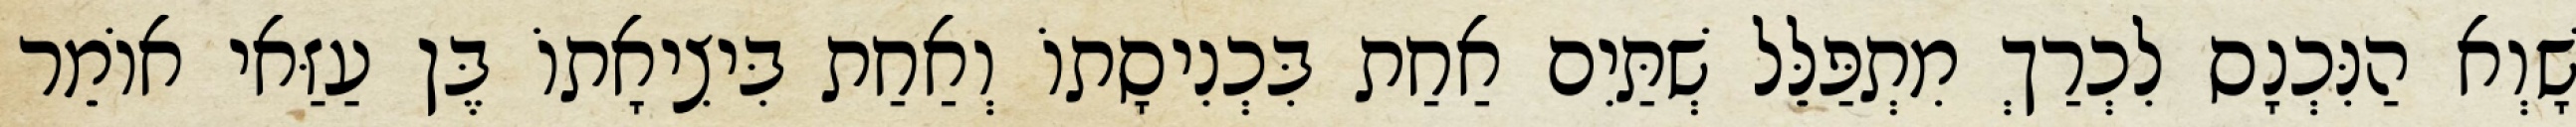
שָׁוְא הַנִּכְנָס לִכְרַךְ מִתְפַּלֵּל שְׁתַּיִם אַחַת בִּכְנִיסָתוֹ וְאַחַת בִּיצִיאָתוֹ בֶּן עַזַּאי אוֹמֵר